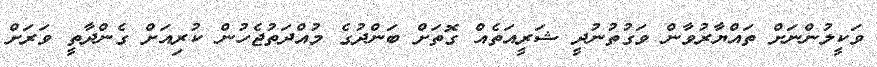
ވަކީލުންނަށް ތައްޔާރުވާން ވަގުތުނުދީ ޝަރީއަތެއް ގޮތަށް ބަންދުގެ މުއްދަތުޖެހުން ކުރިއަށް ގެންދާތީ ވަރަށް